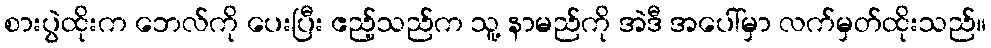
စားပွဲထိုးက ဘေလ်ကို ပေးပြီး ဧည့်သည်က သူ့ နာမည်ကို အဲဒီ အပေါ်မှာ လက်မှတ်ထိုးသည်။